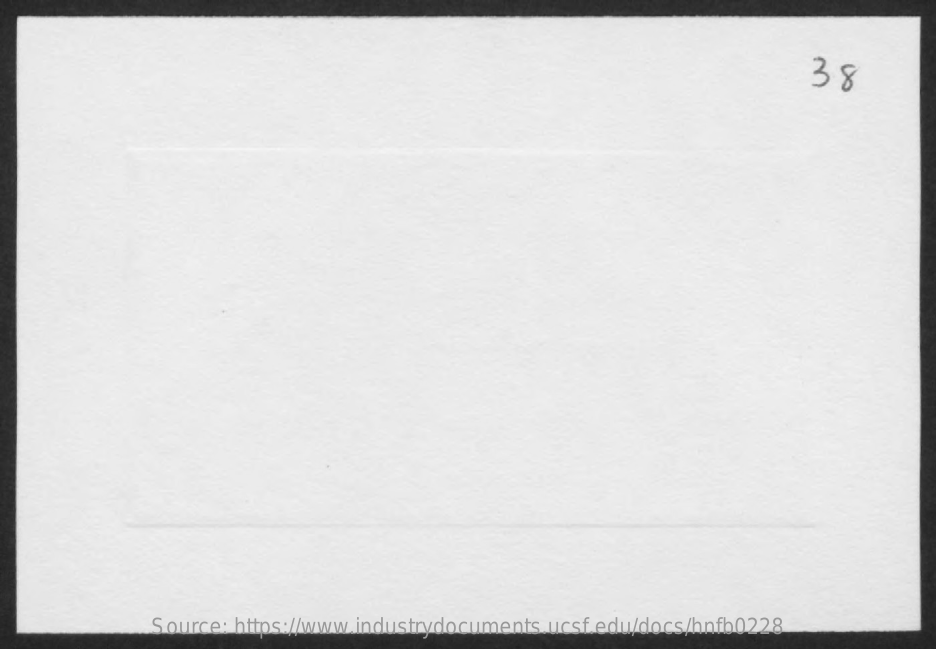
38
     Source: https://www.industrydocuments.ucsf.edu/docs/hnfb0228